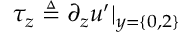
\tau _ { z } \triangleq \partial _ { z } u ^ { \prime } | _ { y = \{ 0 , 2 \} }